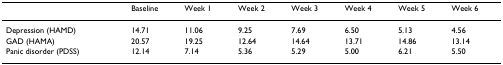
<table><thead><tr><td></td><td><b>Baseline</b></td><td><b>Week 1</b></td><td><b>Week 2</b></td><td><b>Week 3</b></td><td><b>Week 4</b></td><td><b>Week 5</b></td><td><b>Week 6</b></td></tr></thead><tbody><tr><td>Depression (HAMD)</td><td>14.71</td><td>11.06</td><td>9.25</td><td>7.69</td><td>6.50</td><td>5.13</td><td>4.56</td></tr><tr><td>GAD (HAMA)</td><td>20.57</td><td>19.25</td><td>12.64</td><td>14.64</td><td>13.71</td><td>14.86</td><td>13.14</td></tr><tr><td>Panic disorder (PDSS)</td><td>12.14</td><td>7.14</td><td>5.36</td><td>5.29</td><td>5.00</td><td>6.21</td><td>5.50</td></tr></tbody></table>